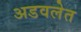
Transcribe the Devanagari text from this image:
अडवलेत